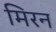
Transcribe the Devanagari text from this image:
मिरन